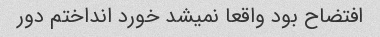
افتضاح بود واقعا نمیشد خورد انداختم دور